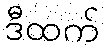
ဒီထက်